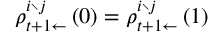
\rho _ { t + 1 \leftarrow } ^ { i \setminus j } \left( 0 \right) = \rho _ { t + 1 \leftarrow } ^ { i \setminus j } \left( 1 \right)